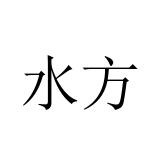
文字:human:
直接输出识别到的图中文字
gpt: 水方